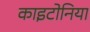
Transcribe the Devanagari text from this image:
काइटोनिया